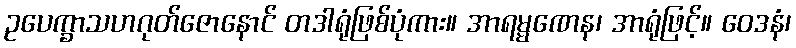
ဥပေက္ခာသဟဂုတ်ဇောနောင် တဒါရုံဖြစ်ပုံကား။ အာရမ္မဏေန၊ အာရုံဖြင့်။ ဝေဒနံ၊